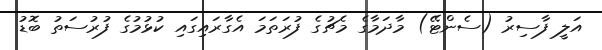
އަލީ ފާސިރު (ސެންޓޭ) މާދަމާގެ މެޗުގެ ފުރަަތަމަ އެގާރައިގައި ކުޅުމުގެ ފުރުސަތު ބޮޑު